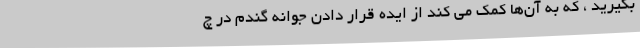
بگیرید ، که به آن­ها کمک می کند از ایده قرار دادن جوانه گندم در چ